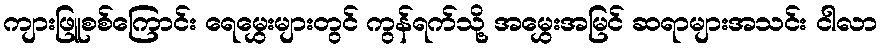
ကျားဖြူစစ်ကြောင်း ရေမွှေးများတွင် ကွန်ရက်သို့ အမွှေးအမြင် ဆရာများအသင်း ငါလာ